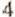
4